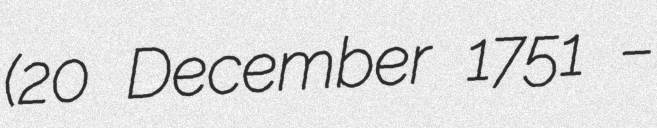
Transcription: (20 December 1751 –